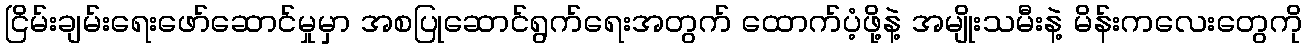
ငြိမ်းချမ်းရေးဖော်ဆောင်မှုမှာ အစပြုဆောင်ရွက်ရေးအတွက် ထောက်ပံ့ဖို့နဲ့ အမျိုးသမီးနဲ့ မိန်းကလေးတွေကို